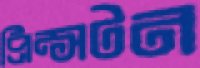
প্রিন্সটন